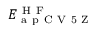
E _ { \mathrm { ~ a ~ p ~ C ~ V ~ 5 ~ Z ~ } } ^ { \mathrm { ~ H ~ F ~ } }